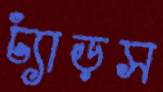
ঢ্যাঁড়স